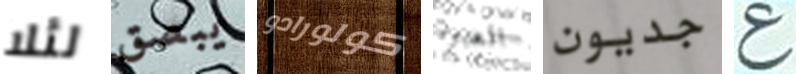
لئلا يبصق كولورادو العبوة جديون ع